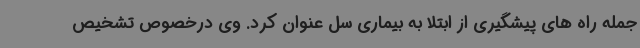
جمله راه های پیشگیری از ابتلا به بیماری سل عنوان کرد. وی درخصوص تشخیص